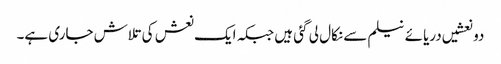
دو نعشیں دریائے نیلم سے نکال لی گئی ہیں جبکہ ایک نعش کی تلاش جاری ہے۔